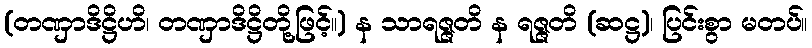
(တဏှာဒိဋ္ဌိဟိ၊ တဏှာဒိဋ္ဌိတို့ဖြင့်။) န သာရဇ္ဇတိ န ရဇ္ဇတိ (ဆဋ္ဌ)၊ ပြင်းစွာ မတပ်။